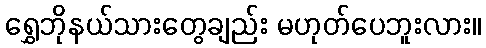
ရွှေဘိုနယ်သားတွေချည်း မဟုတ်ပေဘူးလား။